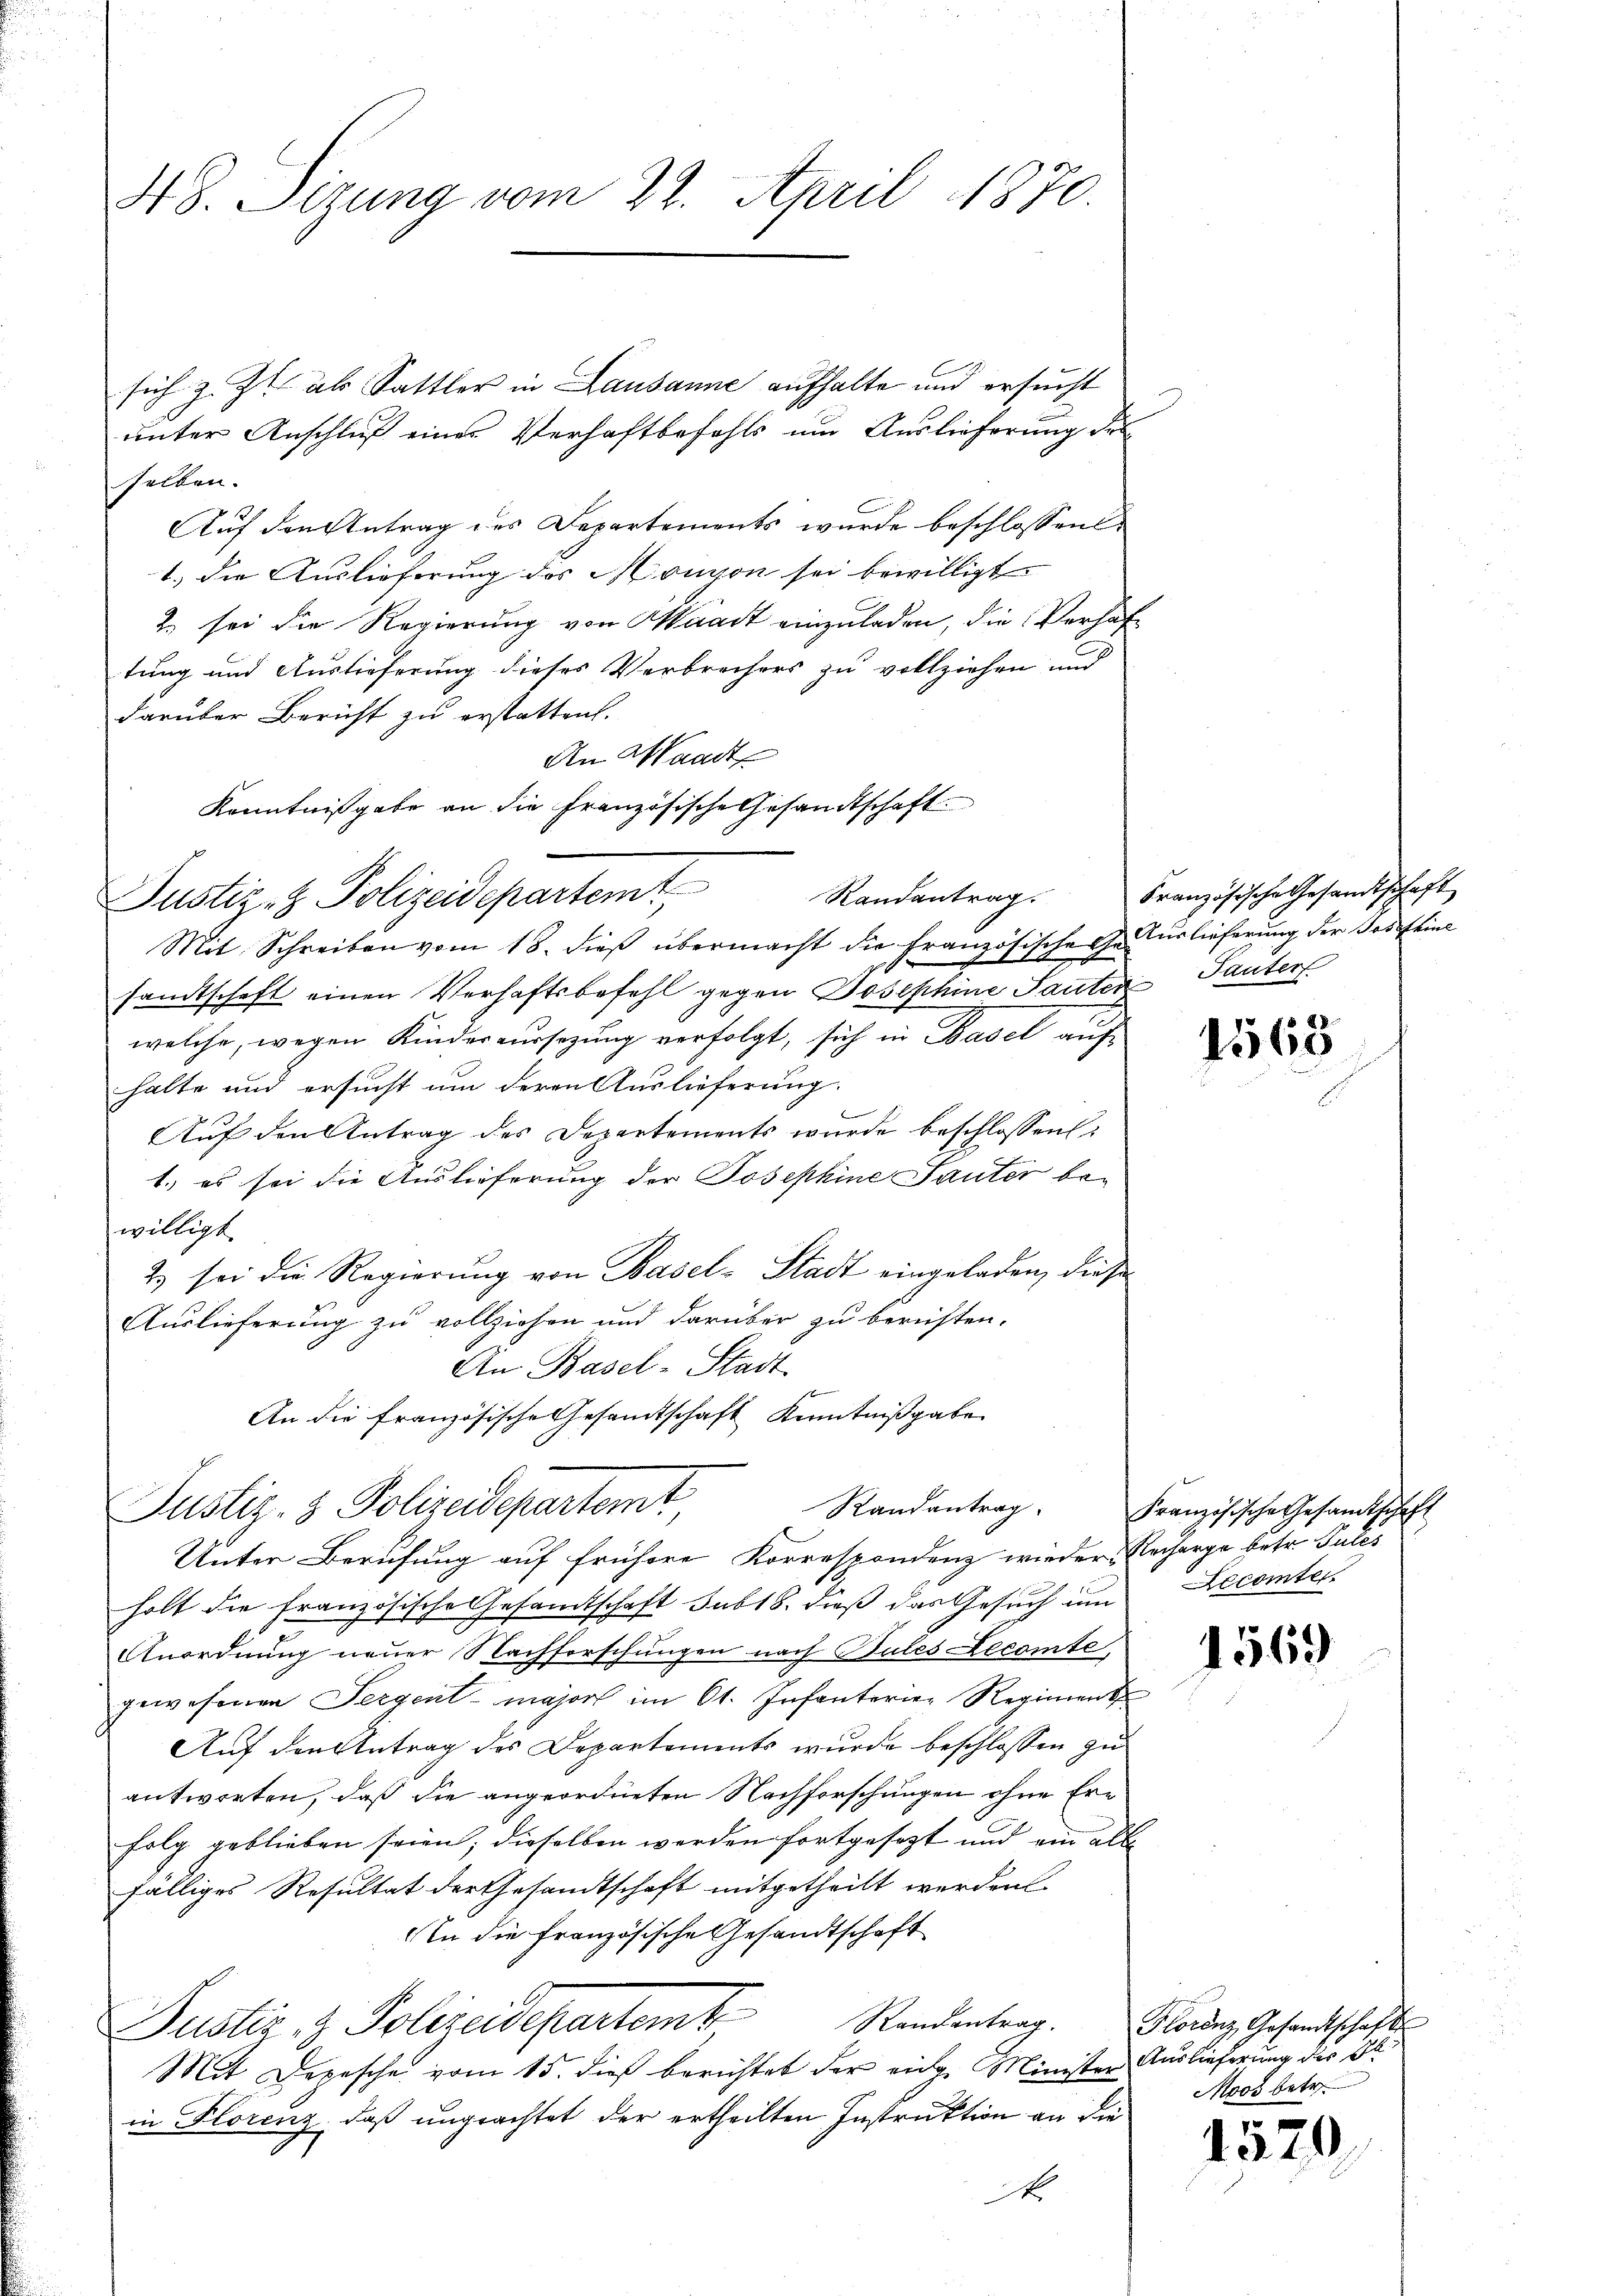
sich z. Zt. als Sattler in Lausanne aufhalte und ersucht
unter Anschluß eines Verhaftbefehls um Auslieferung des
selben.
Auf den Antrag des Departements wurde beschlossen
1.) Die Auslieferung des Monsion sei bewilligt.
2. sei die Regierung von Waadt einzuladen, die Verhaftung und Auslieferung dieses Verbrechers zu vollziehen und
darüber Bericht zu erstatten.
An Waadt
Kenntnißgabe an die Französische Gesandtschaft
Mit Schreiben vom 18. dieβ übermacht die französische Gederlieferung der Josef eine
samtschaft einen Verhaftsbefehl gegen Josephine Sauten Tanter
welche, wegen Kinderersezung verfolgt, sich in Basel auf
halte und ersucht um deren Auslieferung.
Auf den Antrag des Departements wurde beschlossen:
1.) es sei die Auslieferung der Josephine Sauter bewilligt.
2) sei die Regierung von Basel-Stadt eingeladen, diese
Auslieferung zu vollziehen und darüber zu beruhten.
An Basel-Stadt
An die französische Gesamtschaft Kenntnißgabe
Randantrag
Justiz- & Polizeidepartemt
Unter Berufung auf frühere Korrespondenz wieder Recharge betr. Pules
holt die französische Gesandtschaft sub 18. dieß das Gesuch um Decomter
Anordnung neuer Nachforschungen nach Bules Lecomte,
gewesenen Sergert - major im Ct. Infanterier Regiment
Auf den Antrag des Departements wurde beschlossen zu
antworten, daß die angeordneten Nachforschungen ohne Erfolg geblieben seien; dieselben werden fortgesezt und ein alle
fälliges Resultat der Gesamtschaft mitgetheilt werden
In die französische Gesandtschaft
Justiz- & Polizeidepartemb. Randantrag. Horenz, Gesandtschafts
Mit Depesche vom 15. dieß berichtet der eine Minister Auslieferung der Bl
in Florenz, daß ungeachtet der ertheilten Instruktion an die
A

48. Sizung vom 22. April 1870.

Justiz- & Polizeidepartemt. Randantrags

Französische Gesandtschaft

1568

Französische Gesandtschaft

1569

1570

Moos betr.